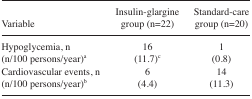
<table><thead><tr><td><b>Variable</b></td><td><b>Insulin-glargine group (n=22)</b></td><td><b>Standard-care group (n=20)</b></td></tr></thead><tbody><tr><td>Hypoglycemia, n (n/100 persons/year)a</td><td>16 (11.7)c</td><td>1 (0.8)</td></tr><tr><td>Cardiovascular events, n (n/100 persons/year)b</td><td>6 (4.4)</td><td>14 (11.3)</td></tr></tbody></table>